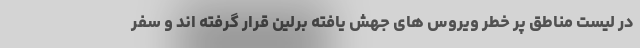
در لیست مناطق پر خطر ویروس های جهش یافته برلین قرار گرفته اند و سفر